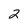
Character: 2